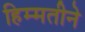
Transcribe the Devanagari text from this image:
हिम्मतीने